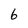
Character: 6